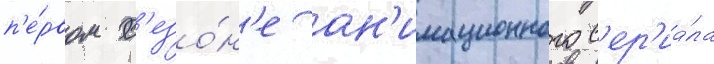
п'е́рвом с'езо́н'е ан'имационного с'ер'иа́ла